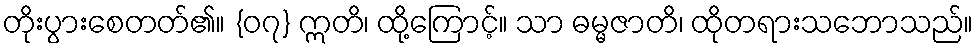
တိုးပွားစေတတ်၏။ {၀၇} ဣတိ၊ ထို့ကြောင့်။ သာ ဓမ္မဇာတိ၊ ထိုတရားသဘောသည်။